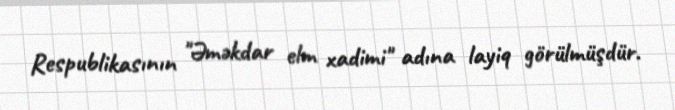
Respublikasının "Əməkdar elm xadimi" adına layiq görülmüşdür.